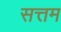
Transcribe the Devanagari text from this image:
सत्तम